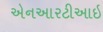
એનઆરટીઆઇ